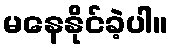
မနေနိုင်ခဲ့ပါ။